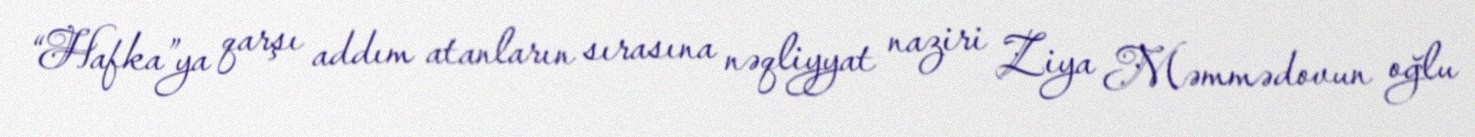
“Hafka”ya qarşı addım atanların sırasına nəqliyyat naziri Ziya Məmmədovun oğlu